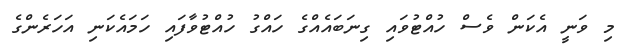
މި ވަނީ އެކަން ވެސް ހުއްޓުވައި ގިނަބައެއްގެ ހައްގު ހުއްޓުވާފައި ހަމައެކަނި އަހަރެންގެ